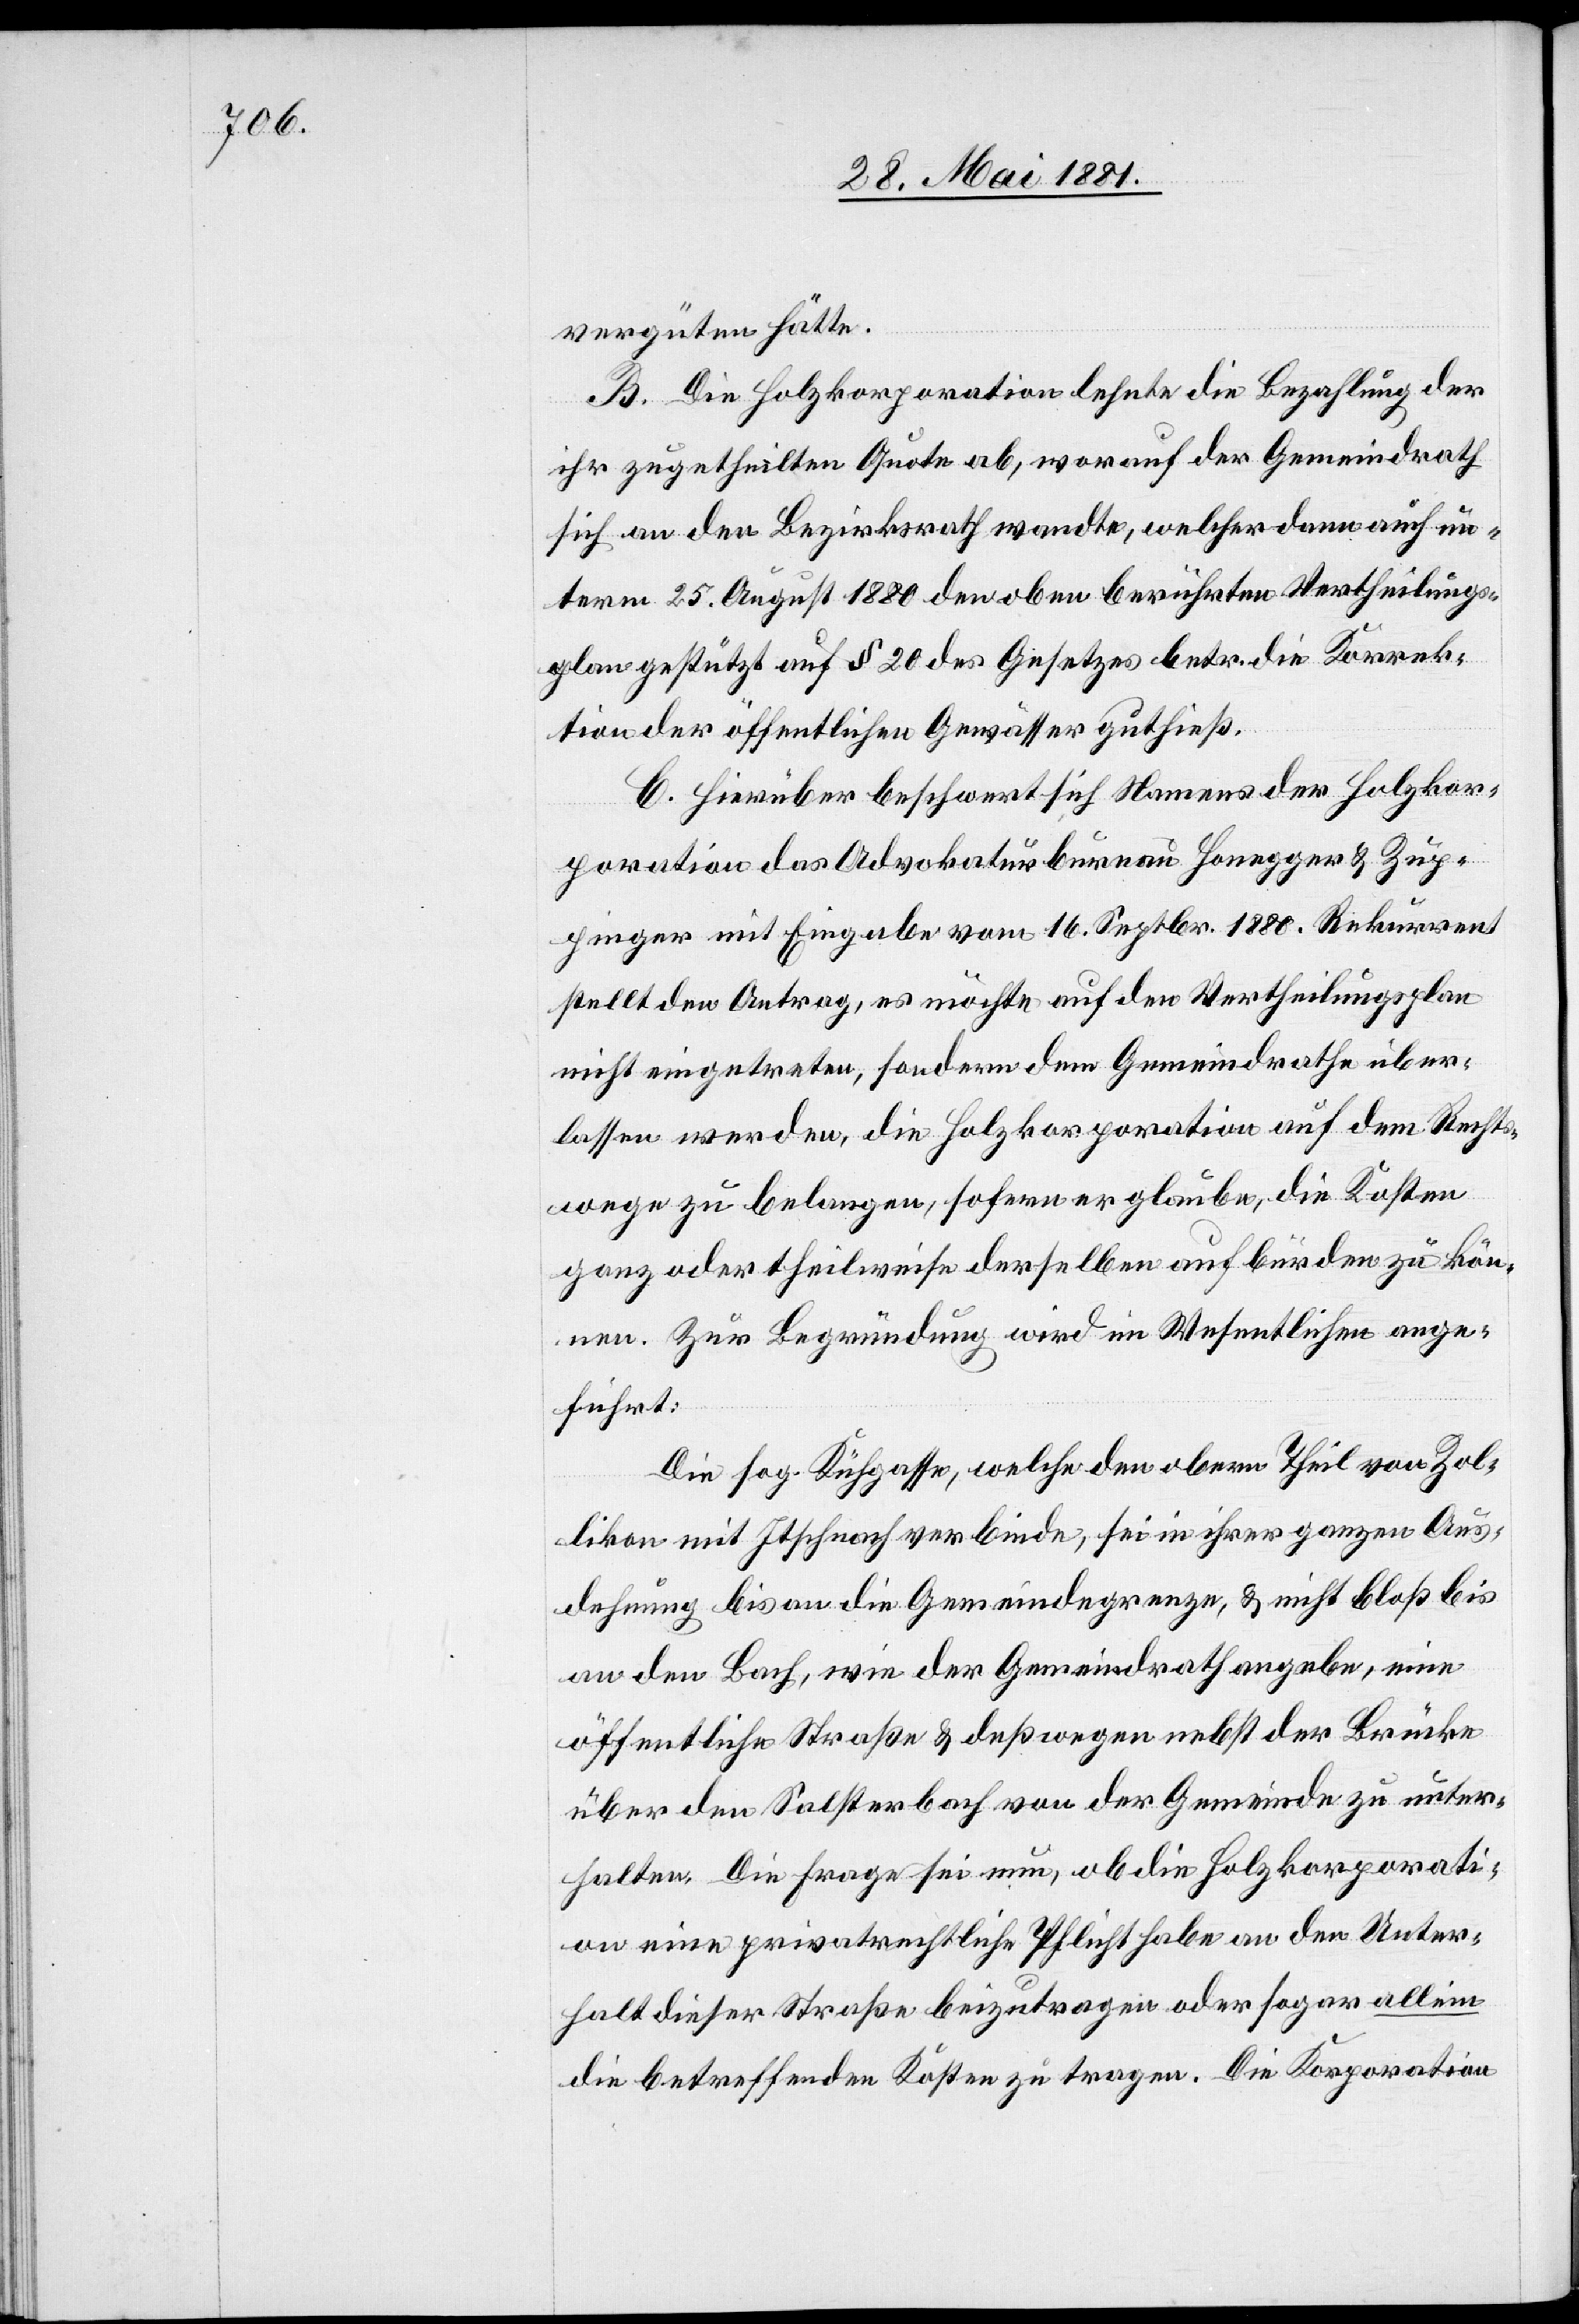
vergüten hätte.
B. Die Holzkorporation lehnte die Bezahlung der
ihr zugetheilten Quote ab, worauf der Gemeindrath
sich an den Bezirksrath wandte, welcher dann auch un¬
term 25. August 1880 den oben berührten Vertheilungs¬
plan gestützt auf § 20 des Gesetzes betr. die Korrek¬
tion der öffentlichen Gewässer guthieß.
C. Hierüber beschwert sich Namens der Holzkor¬
poration das Advokaturbureau Honegger & Zup¬
pinger mit Eingabe vom 16. Septr. 1880. Rekurrent
stellt den Antrag, es möchte auf den Vertheilungsplan
nicht eingetreten, sondern dem Gemeindrathe über¬
lassen werden, die Holzkorporation auf dem Rechts¬
wege zu belangen, sofern er glaube, die Kosten
ganz oder theilweise derselben aufbürden zu kön¬
nen. Zur Begründung wird im Wesentlichen ange¬
führt:
Die sog. Kühgasse, welche den obern Theil von Zol¬
likon mit Itschnach verbinde, sei in ihrer ganzen Aus¬
dehnung bis an die Gemeindegrenze, & nicht bloß bis
an den Bach, wie der Gemeindrath angebe, eine
öffentliche Straße & deßwegen nebst der Brücke
über den Salsterbach von der Gemeinde zu unter¬
halten. Die Frage sei nun, ob die Holzkorporati¬
on eine privatrechtliche Pflicht habe an den Unter¬
halt dieser Straße beizutragen oder sogar allein
die betreffenden Kosten zu tragen. Die Korporation